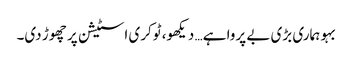
بہو ہماری بڑی بے پروا ہے… دیکھو، ٹوکری اسٹیشن پر چھوڑ دی۔